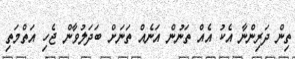
ތިން ދަރިންނާ އެކު އެއް ތަނުން އަނެއް ތަނަށް ބަދަލުވާން ޖެހި އަތްމަތި